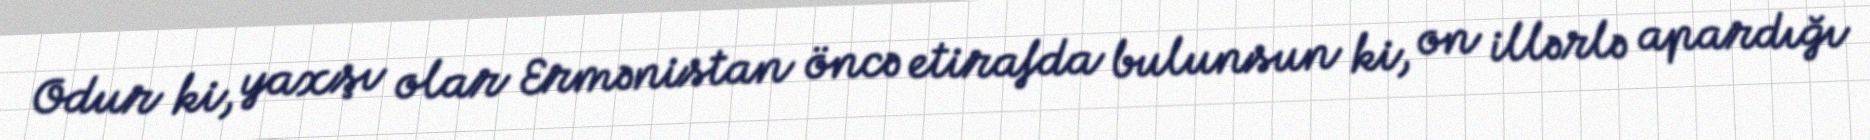
Odur ki, yaxşı olar Ermənistan öncə etirafda bulunsun ki, on illərlə apardığı